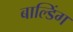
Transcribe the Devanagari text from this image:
बाल्डिंग